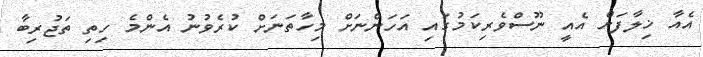
އެއާ ޚިލާފަށް އެއީ ނޫސްވެރިކަމުގައި އަހަންނަށް މިހާތަނަށް ކުރެވުނު އެންމެ ހިތި ތަޖުރިބާ